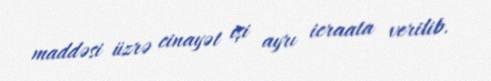
maddəsi üzrə cinayət işi ayrı icraata verilib.